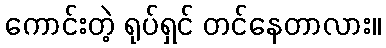
ကောင်းတဲ့ ရုပ်ရှင် တင်နေတာလား။